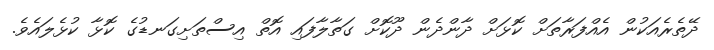
ދޭތެރެއަކުން އެއްފަރާތަށް ކޮޅަށް ދާންދެން ދޫކޮށް ގަތާލާފައި އޮތް އިސްތަށިގަނޑުގެ ކޮޅާ ކުޅެލައެވެ.